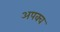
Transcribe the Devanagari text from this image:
अपक्‍व